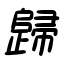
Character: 歸